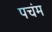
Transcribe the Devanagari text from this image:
पचंम